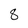
Character: 8